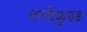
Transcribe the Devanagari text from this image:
नन्दीकुण्ड